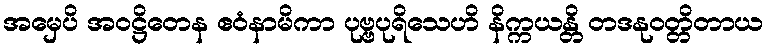
အမှေပိ အဝဋ္ဌိတေန ဧဝံနာမိကာ ပုဗ္ဗပုရိသေဟိ နိက္ကယန္တိ တဒနုဝတ္တိတာယ